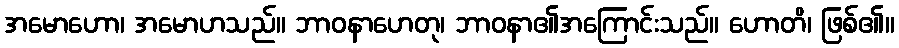
အမောဟော၊ အမောဟသည်။ ဘာဝနာဟေတု၊ ဘာဝနာ၏အကြောင်းသည်။ ဟောတိ၊ ဖြစ်၏။